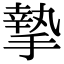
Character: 摯